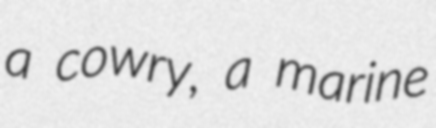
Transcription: a cowry, a marine